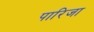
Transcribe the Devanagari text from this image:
पारिजा